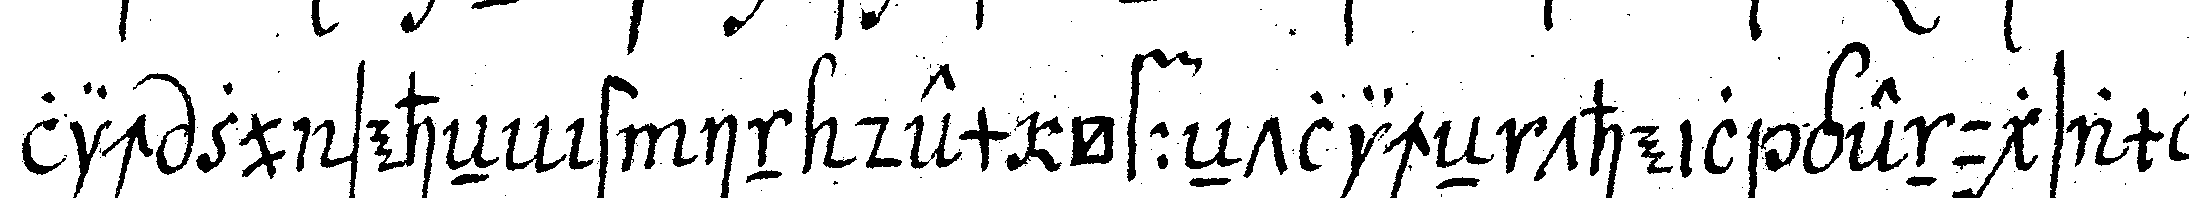
lich zu seheN ist in dem öffeNtlicheN theil genugsam